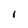
Character: 1